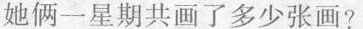
她俩一星期共画了多少张画?